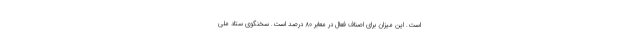
است. این میزان برای اصناف فعال در معابر ۸۰ درصد است. سخنگوی ستاد ملی